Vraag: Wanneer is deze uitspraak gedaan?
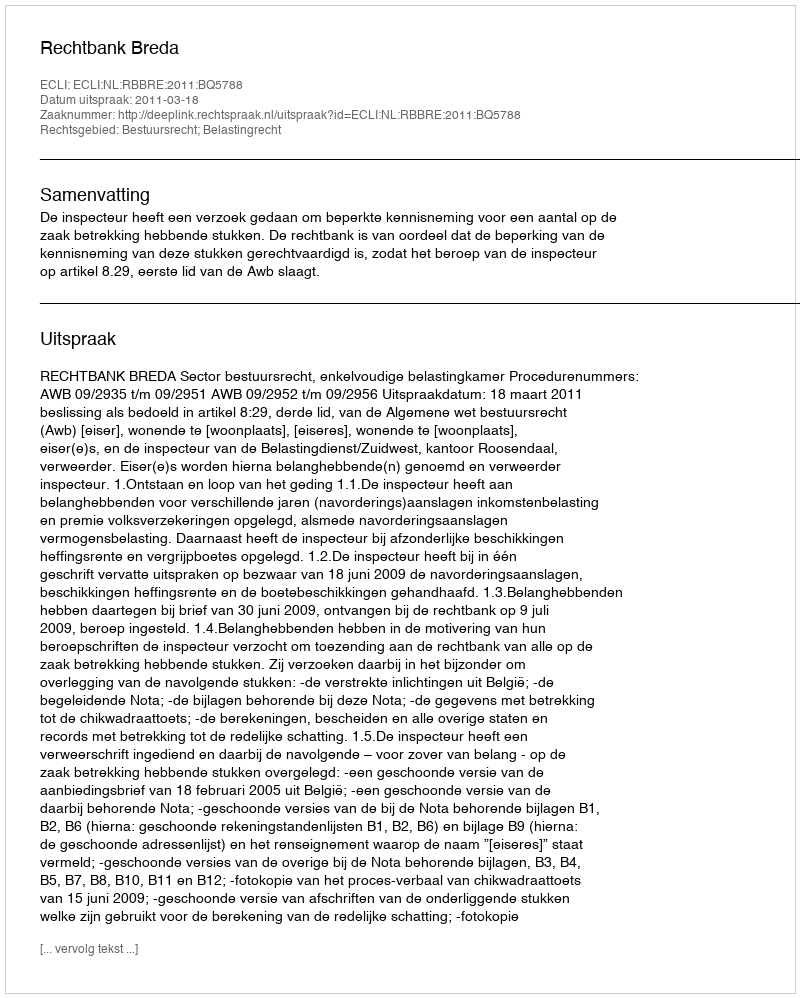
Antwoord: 2011-03-18